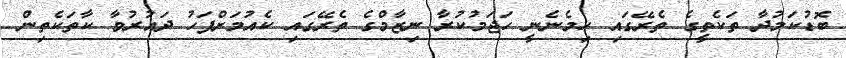
ބޮޑުކަމުދާ ތަކެތީގެ ތެރޭގައި ހިމެނެނީ ހަޖަމުކުރާ ނިޒާމްގެ ތެރޭގައި ކެއުމަށްފަހު ދައުރުވާ ކާތަކެތިން